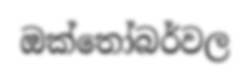
ඔක්තෝබර්වල